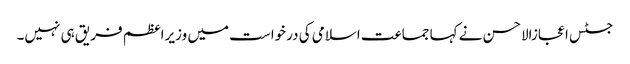
جسٹس اعجازالاحسن نے کہا جماعت اسلامی کی درخواست میں وزیراعظم فریق ہی نہیں۔